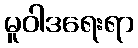
မူဝါဒရေးရာ